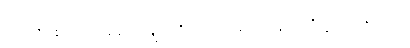
ငါ့ရှင်တို့။ ဧတ္တာဝတာခေါ၊ ဤမျှအတိုင်းအရှည်ဖြင့်သာလျှင်။ ဘိက္ခု၊ ရဟန်းသည်။